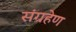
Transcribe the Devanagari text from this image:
संग्रहेण